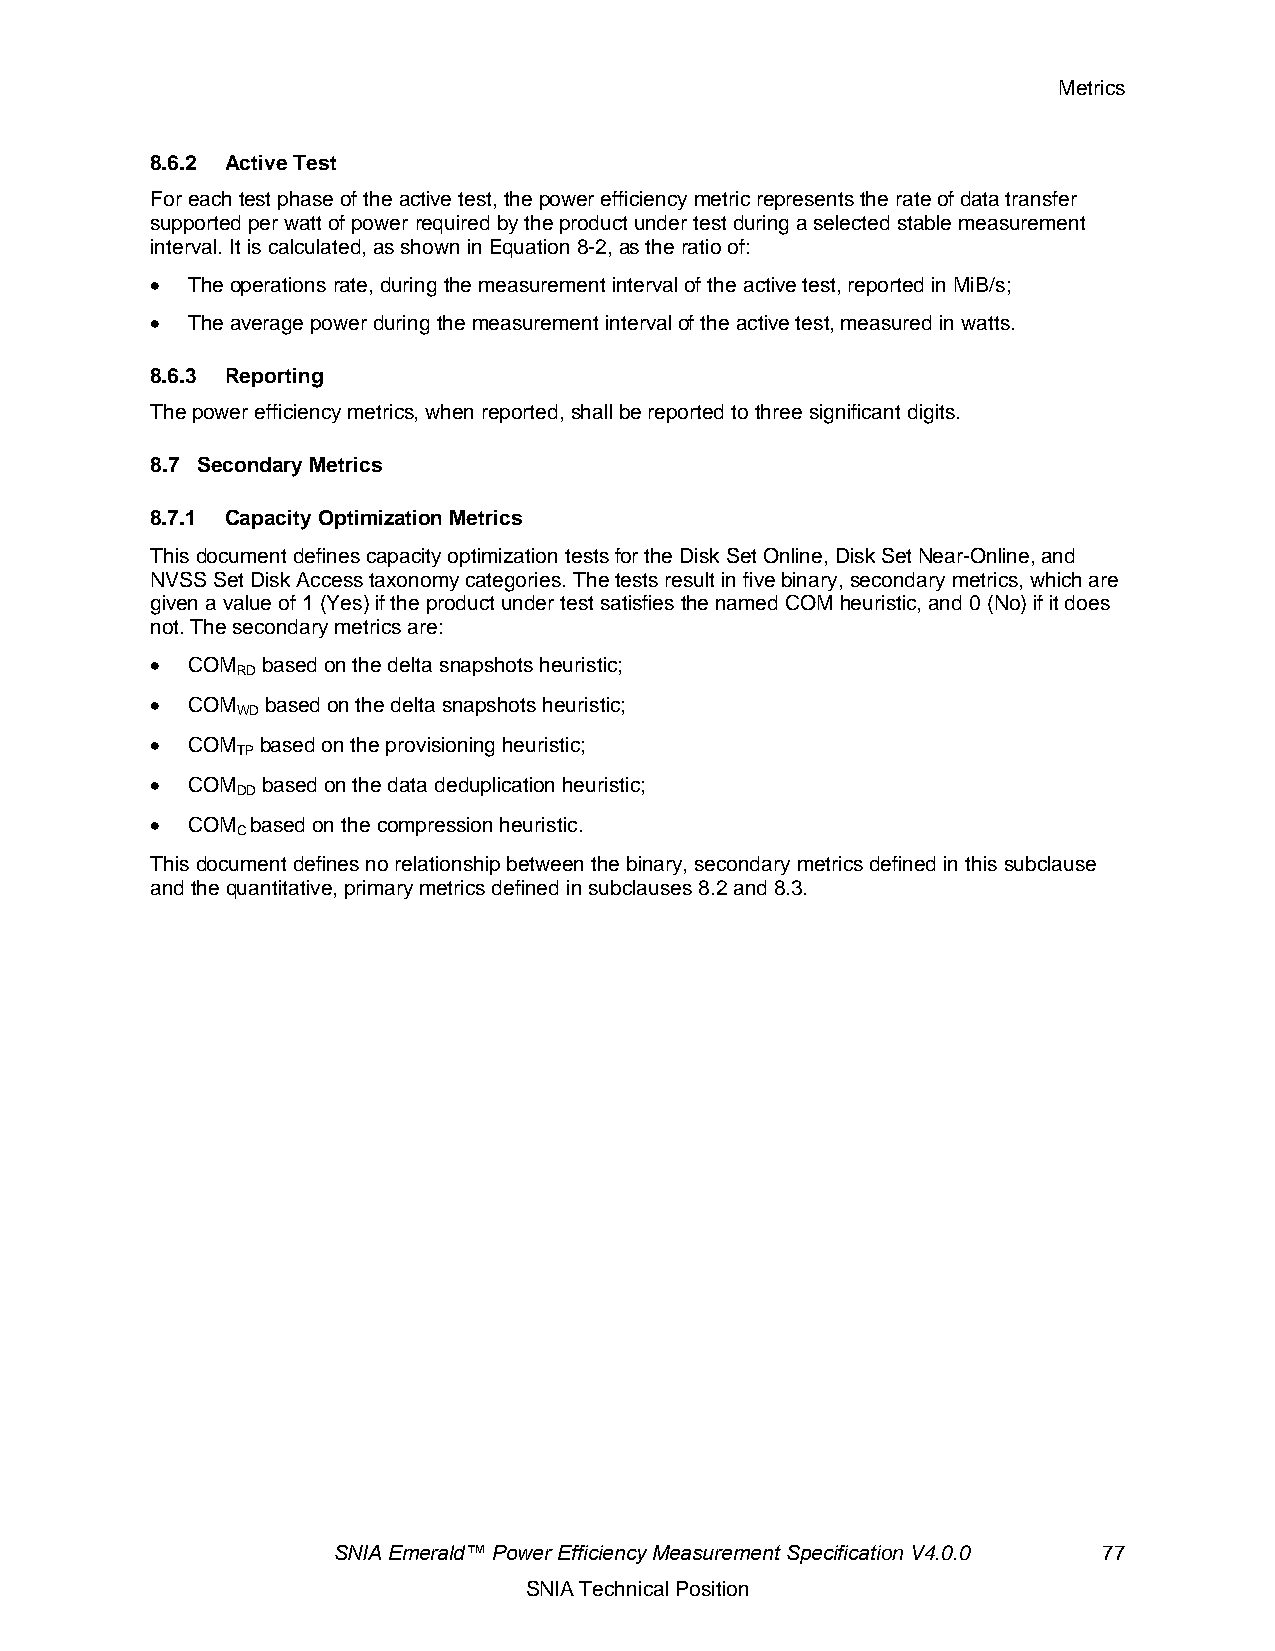
Metrics
 8.6.2 Active Test
 For each test phase of the active test, the power efficiency metric represents the rate of data transfer
 supported per watt of power required by the product under test during a selected stable measurement
 interval. It is calculated, as shown in Equation 8-2, as the ratio of:
 • The operations rate, during the measurement interval of the active test, reported in MiB/s;
 • The average power during the measurement interval of the active test, measured in watts.
 8.6.3 Reporting
 The power efficiency metrics, when reported, shall be reported to three significant digits.
 8.7 Secondary Metrics
 8.7.1 Capacity Optimization Metrics
 This document defines capacity optimization tests for the Disk Set Online, Disk Set Near-Online, and
 NVSS Set Disk Access taxonomy categories. The tests result in five binary, secondary metrics, which are
 given a value of 1 (Yes) if the product under test satisfies the named COM heuristic, and 0 (No) if it does
 not. The secondary metrics are:
 • COM  based on the delta snapshots heuristic;
 RD
 • COM   based on the delta snapshots heuristic;
 WD
 • COM  based on the provisioning heuristic;
 TP
 • COM  based on the data deduplication heuristic;
 DD
 • COM  based on the compression heuristic.
 C
 This document defines no relationship between the binary, secondary metrics defined in this subclause
 and the quantitative, primary metrics defined in subclauses 8.2 and 8.3.
 SNIA Emerald™ Power Efficiency Measurement Specification V4.0.0 77
 SNIA Technical Position